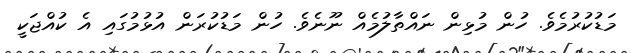
މަޑުކުރުމެވެ. ހުން މުޅިން ނައްތާލުމެއް ނޫނެވެ. ހުން މަޑުކުރަން އުޅުމުގައި އެ ކުއްޖަކީ